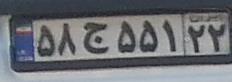
۵۸ج۵۵۱۲۲